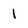
Character: l